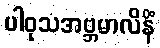
ပါဝုသအဗ္ဘမာလိနိံ